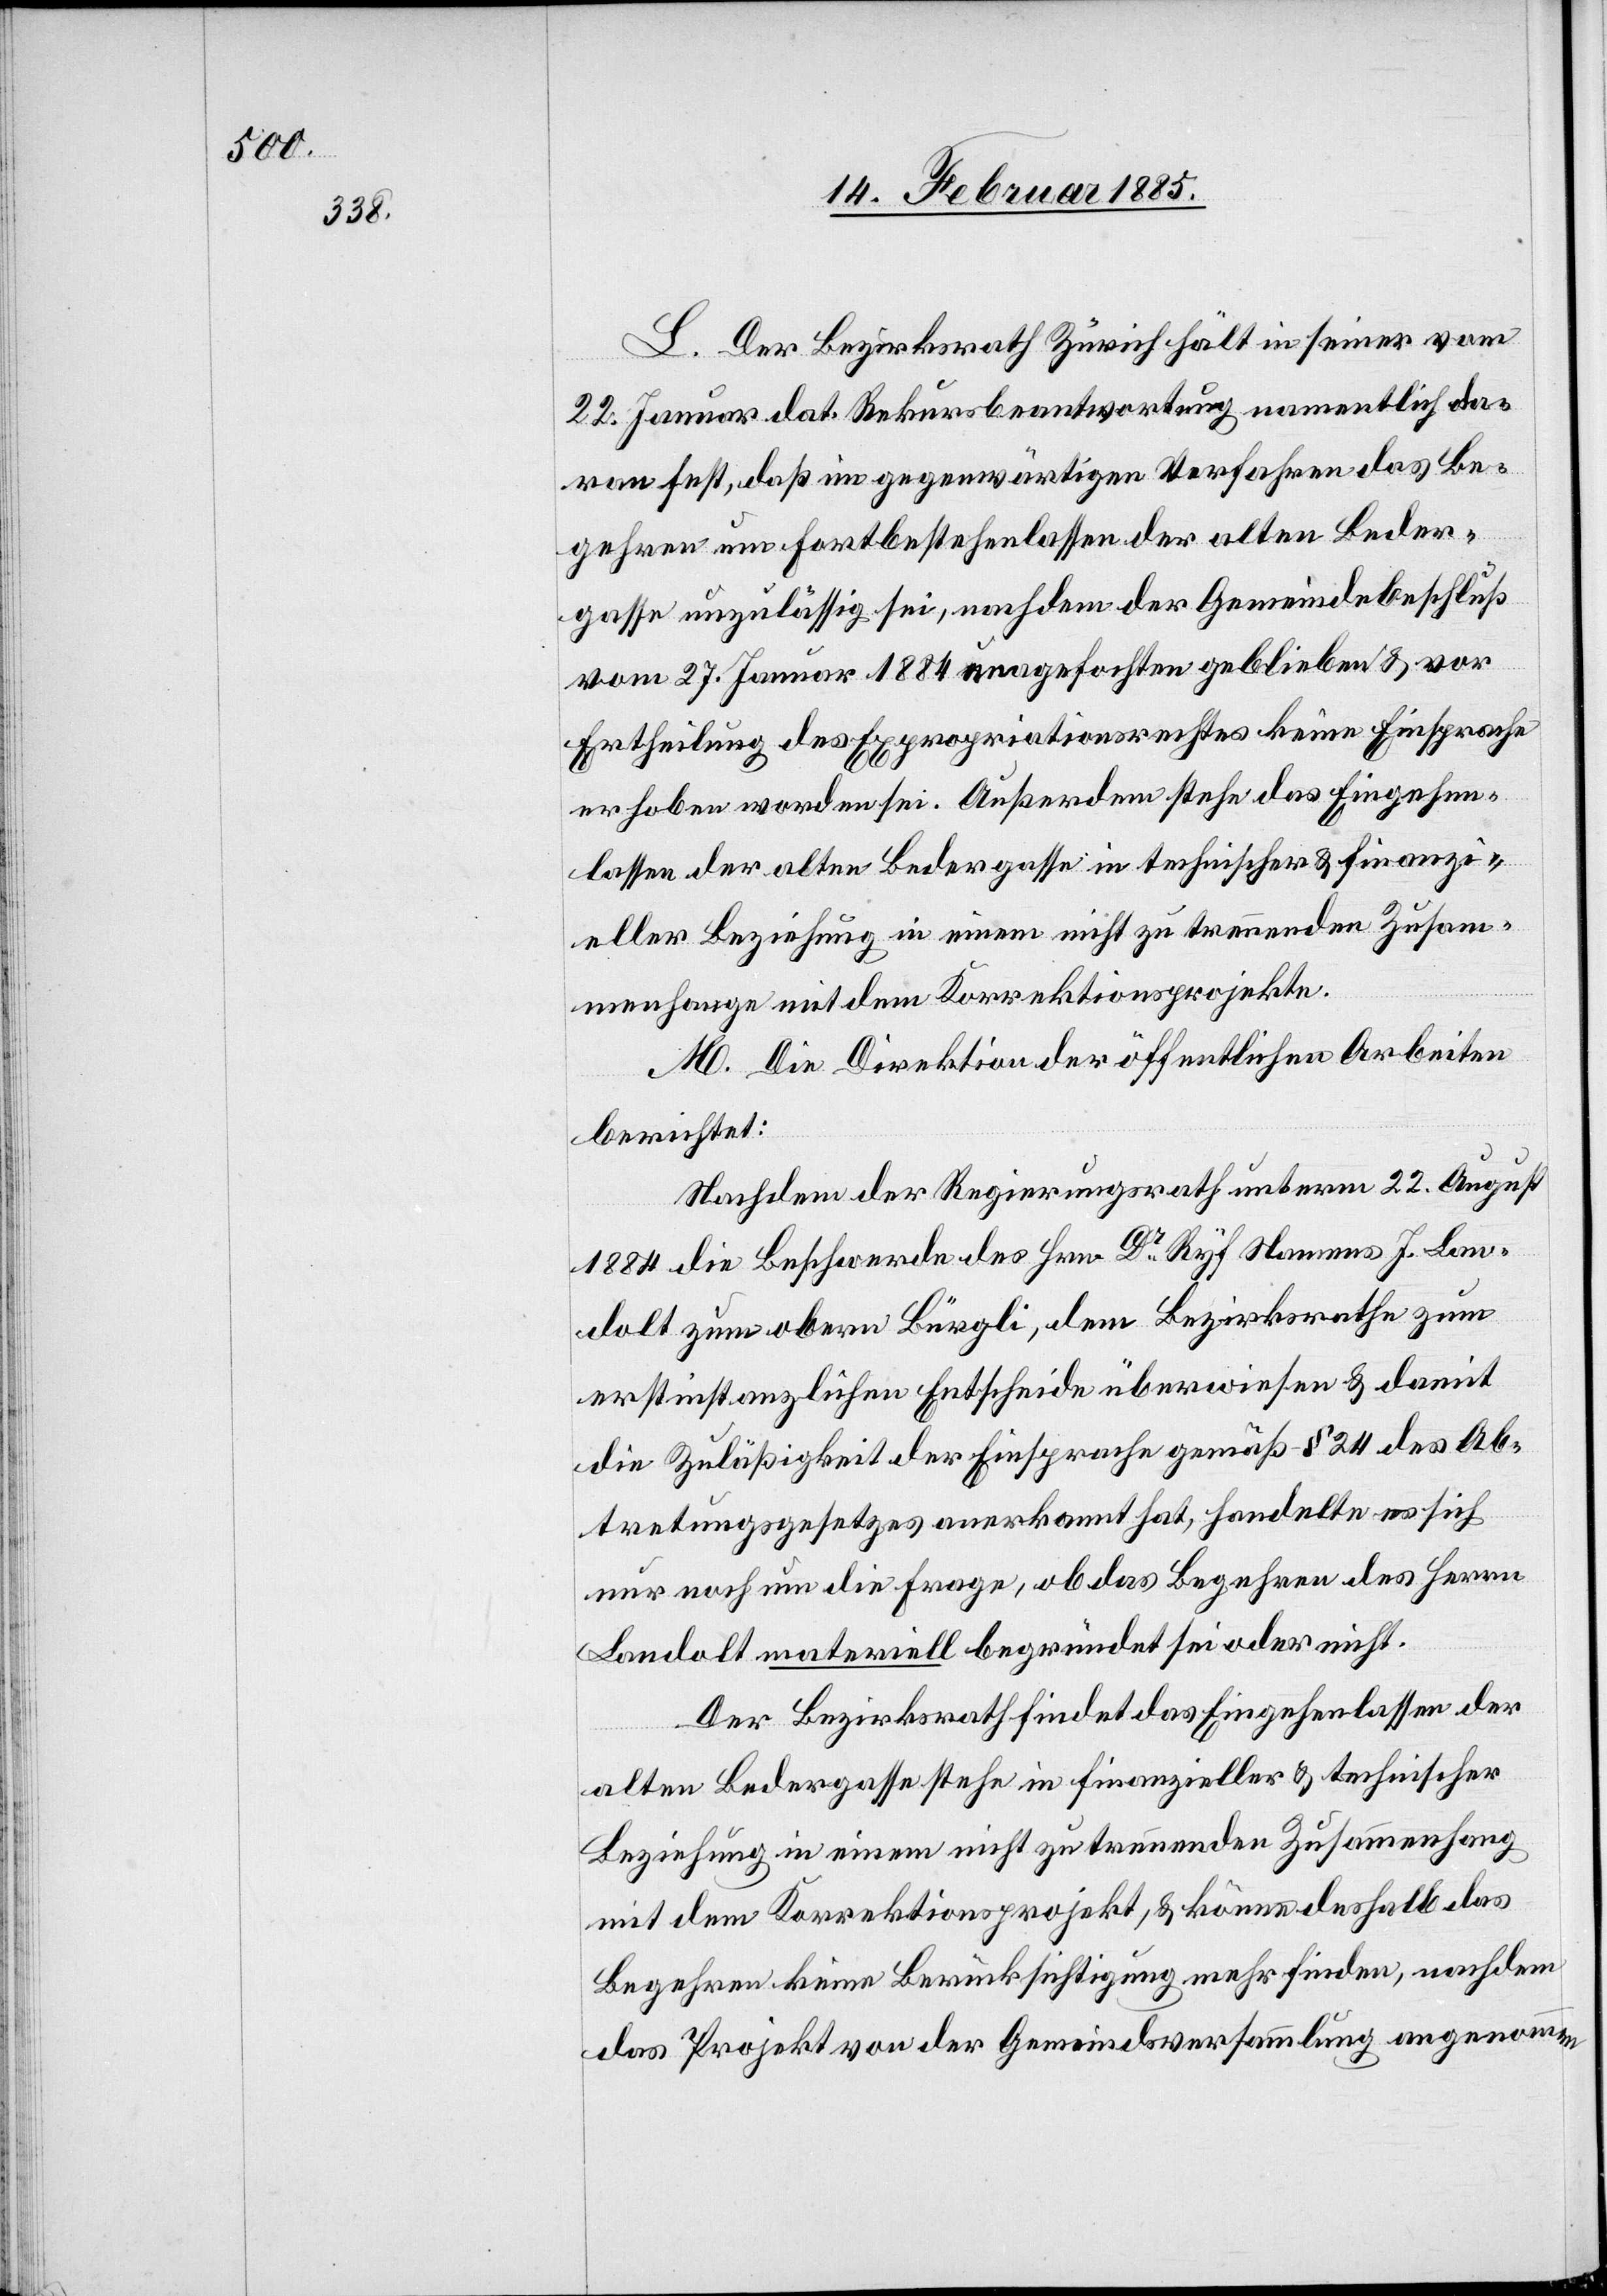
L. Der Bezirksrath Zürich hält in seiner vom
22. Januar dat. Rekursbeantwortung namentlich da¬
ran fest, das im gegenwärtigen Verfahren das Be¬
gehren um Fortbestehenlassen der alten Beder¬
gasse unzulässig sei, nachdem der Gemeindebeschluß
vom 27. Januar 1884 una[n]gefochten geblieben & vor
Ertheilung des Expropriationsrechtes keine Einsprache
erhoben worden sei. Außerdem stehe das Eingehen¬
lassen der alten Bedergasse in technischer & finanzi¬
eller Beziehung in einem nicht zu trennenden Zusam¬
menhange mit dem Korrektionsprojekte.
M. Die Direktion der öffentlichen Arbeiten
berichtet:
Nachdem der Regierungsrath unterm 22. August
1884 die Beschwerde des Hrn. Dr Ryf Namens J. Lan¬
dolt zum obern Bürgli, dem Bezirksrathe zum
erstinstanzlichen Entscheide überwiesen & damit
die Zuläßigkeit der Einsprache gemäß § 24 des Ab¬
tretungsgesetzes anerkannt hat, handelte es sich
nur noch um die Frage, ob das Begehren des Herrn
Landolt materiell begründet sei oder nicht.
Der Bezirksrath findet das Eingehenlassen der
alten Bedergasse stehe in finanzieller & technischer
Beziehung in einem nicht zu trennenden Zusammenhang
mit dem Korrektionsprojekt, & könne deshalb das
Begehren keine Berücksichtigung mehr finden, nachdem
das Projekt von der Gemeindeversammlung angenommen